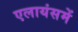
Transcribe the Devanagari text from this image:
एलायंसमें